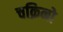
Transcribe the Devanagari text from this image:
चक्रिनो